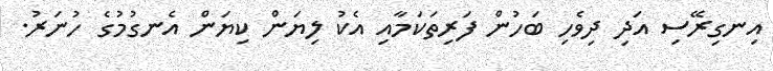
އިނގިރޭސި އަދި ދިވެހި ބަހުން ފަރިތަކަމާއި އެކު ލިޔަން ކިޔަން އެނގުމުގެ ހުނަރު.